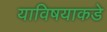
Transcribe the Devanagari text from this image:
याविषयाकडे